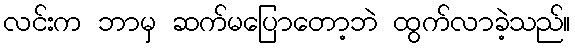
လင်းက ဘာမှ ဆက်မပြောတော့ဘဲ ထွက်လာခဲ့သည်။